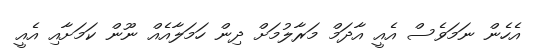
އެހެން ނަމަވެސް އެއީ އާދަމް މަރާލުމަށް ދިން ހަމަލާއެއް ނޫން ކަމަށާއި އެއީ